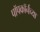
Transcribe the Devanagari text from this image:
पॉपकॉर्नच्या